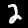
Label: 2